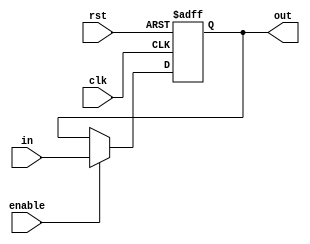
    module bit_1_reg_en (in , clk , rst , enable , out);
input in;
input clk;
input rst;
input enable;
output reg out;
always@(posedge rst or posedge clk)
begin
    if(rst)
        out <= 1'b 0;
    else if(enable)
        out <= in;
end
endmodule